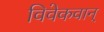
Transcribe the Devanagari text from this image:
विवेकवान्